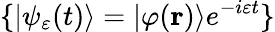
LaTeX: \{ |\psi_{\varepsilon}(t)\rangle=|\varphi({\mathbf r})\rangle e^{-i\varepsilon t}\}